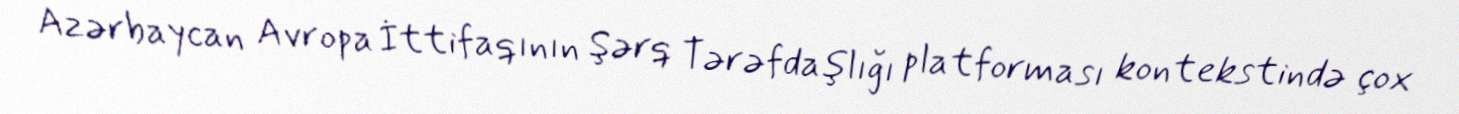
Azərbaycan Avropa İttifaqının Şərq Tərəfdaşlığı platforması kontekstində çox